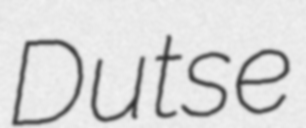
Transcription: Dutse